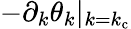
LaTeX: -\partial_{k}\theta_{k}\vert_{k=k_{\mathrm{c}}}